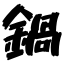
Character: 鍋